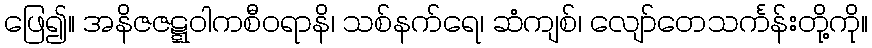
ဖြေ၍။ အနိဇဇဋ္ဋဝါကစီဝရာနိ၊ သစ်နက်ရေ၊ ဆံကျစ်၊ လျော်တေသင်္ကန်းတို့ကို။